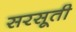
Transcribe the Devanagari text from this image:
सरसूती